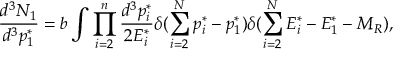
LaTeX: \frac { d ^ { 3 } N _ { 1 } } { d ^ { 3 } p _ { 1 } ^ { * } } = b \int \prod _ { i = 2 } ^ { n } \frac { d ^ { 3 } p _ { i } ^ { * } } { 2 E _ { i } ^ { * } } \delta ( \sum _ { i = 2 } ^ { N } p _ { i } ^ { * } - p _ { 1 } ^ { * } ) \delta ( \sum _ { i = 2 } ^ { N } E _ { i } ^ { * } - E _ { 1 } ^ { * } - M _ { R } ) ,